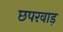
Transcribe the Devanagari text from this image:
छपरवाड़